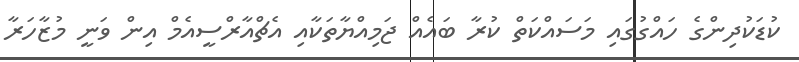
ކުޑަކުދިންގެ ހައްގުގައި މަސައްކަތް ކުރާ ބައެއް ޖަމިއްޔާތަކާއި އެޗްއާރްސީއެމް އިން ވަނީ މުޒާހަރާ